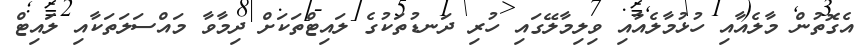
އެގޮތުން މާލެއާއި ހުޅުމާލެއާއި ވިލިމާލޭގައި ހުރި ދަނޑުތަކުގެ ލައިޓްތަކަށް ދިމާވާ މައްސަލަތަކާއި ލައިޓް